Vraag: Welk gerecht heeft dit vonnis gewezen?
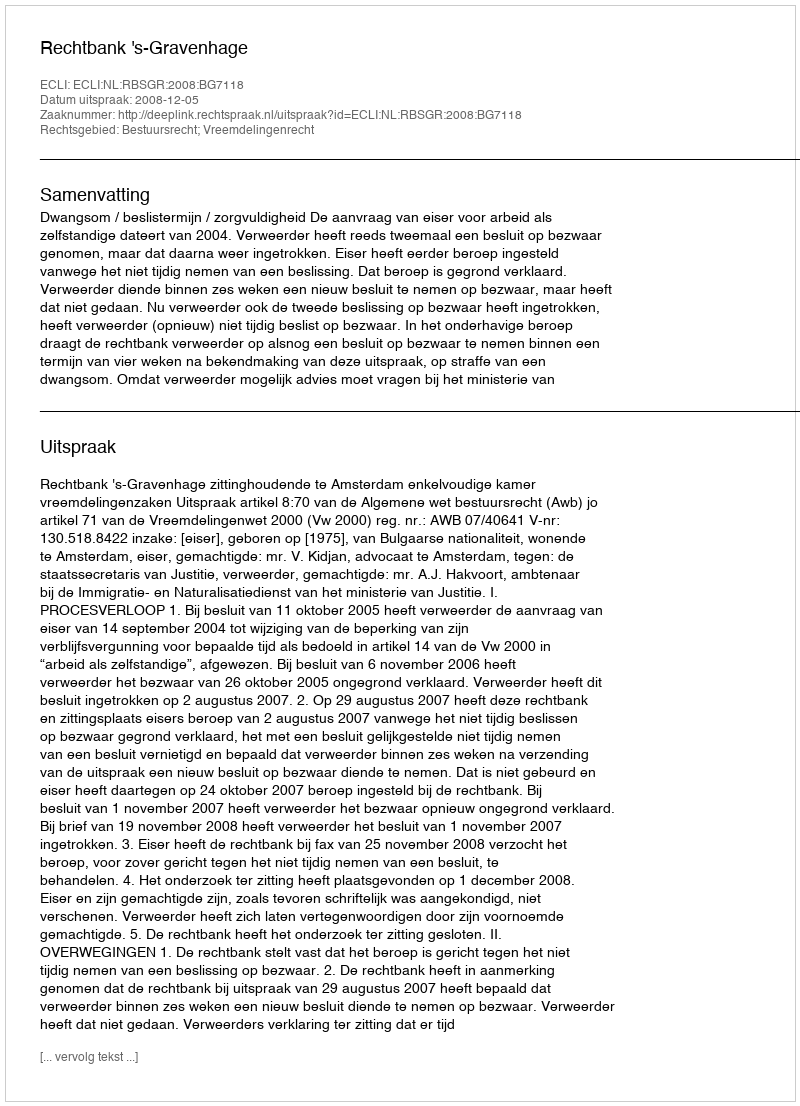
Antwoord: Rechtbank 's-Gravenhage